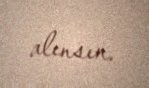
alınsın.